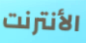
الأنترنت